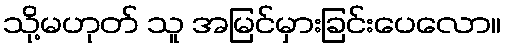
သို့မဟုတ် သူ အမြင်မှားခြင်းပေလော။